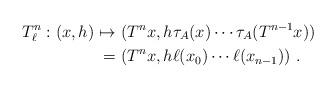
LaTeX: \begin{align*}T_{\ell}^n : (x,h) \mapsto &\ (T^nx,h \tau_A(x) \cdots \tau_A(T^{n-1}x))\\=&\ (T^nx,h\ell(x_0) \cdots \ell (x_{n-1}) )\ .\end{align*}